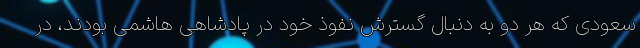
سعودی که هر دو به دنبال گسترش نفوذ خود در پادشاهی هاشمی بودند، در